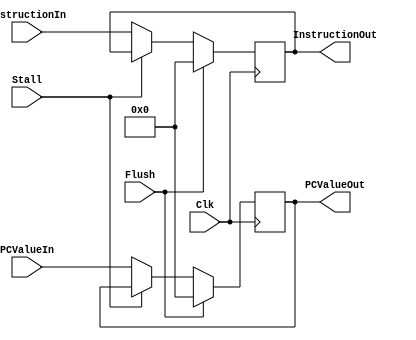
`timescale 1ns / 1ps

////////////////////////////////////////////////////////////////////////////////
// ECE369 - Computer Architecture
//
// Student(s) Name and Last Name:   Derek McMullen
//                                  Brett Bushnell
// Module - IF_ID_PipeReg.v
// Description - Implements a register between IF and ID stage of processor
////////////////////////////////////////////////////////////////////////////////

module IF_ID_PipeReg(Flush, Stall, PCValueIn, InstructionIn, Clk, PCValueOut, InstructionOut);

    output reg [31:0] PCValueOut;
    output reg [31:0] InstructionOut;

    input [31:0] PCValueIn;
    input [31:0] InstructionIn;
    input Flush, Stall, Clk; 
        
    always @ (posedge Clk)
        begin
        if (Flush == 1) begin
            PCValueOut <= 0; 
            InstructionOut <= 0; 
        end else if (Stall != 1) begin
            PCValueOut <= PCValueIn; 
            InstructionOut <= InstructionIn; 
        end
    end  

endmodule